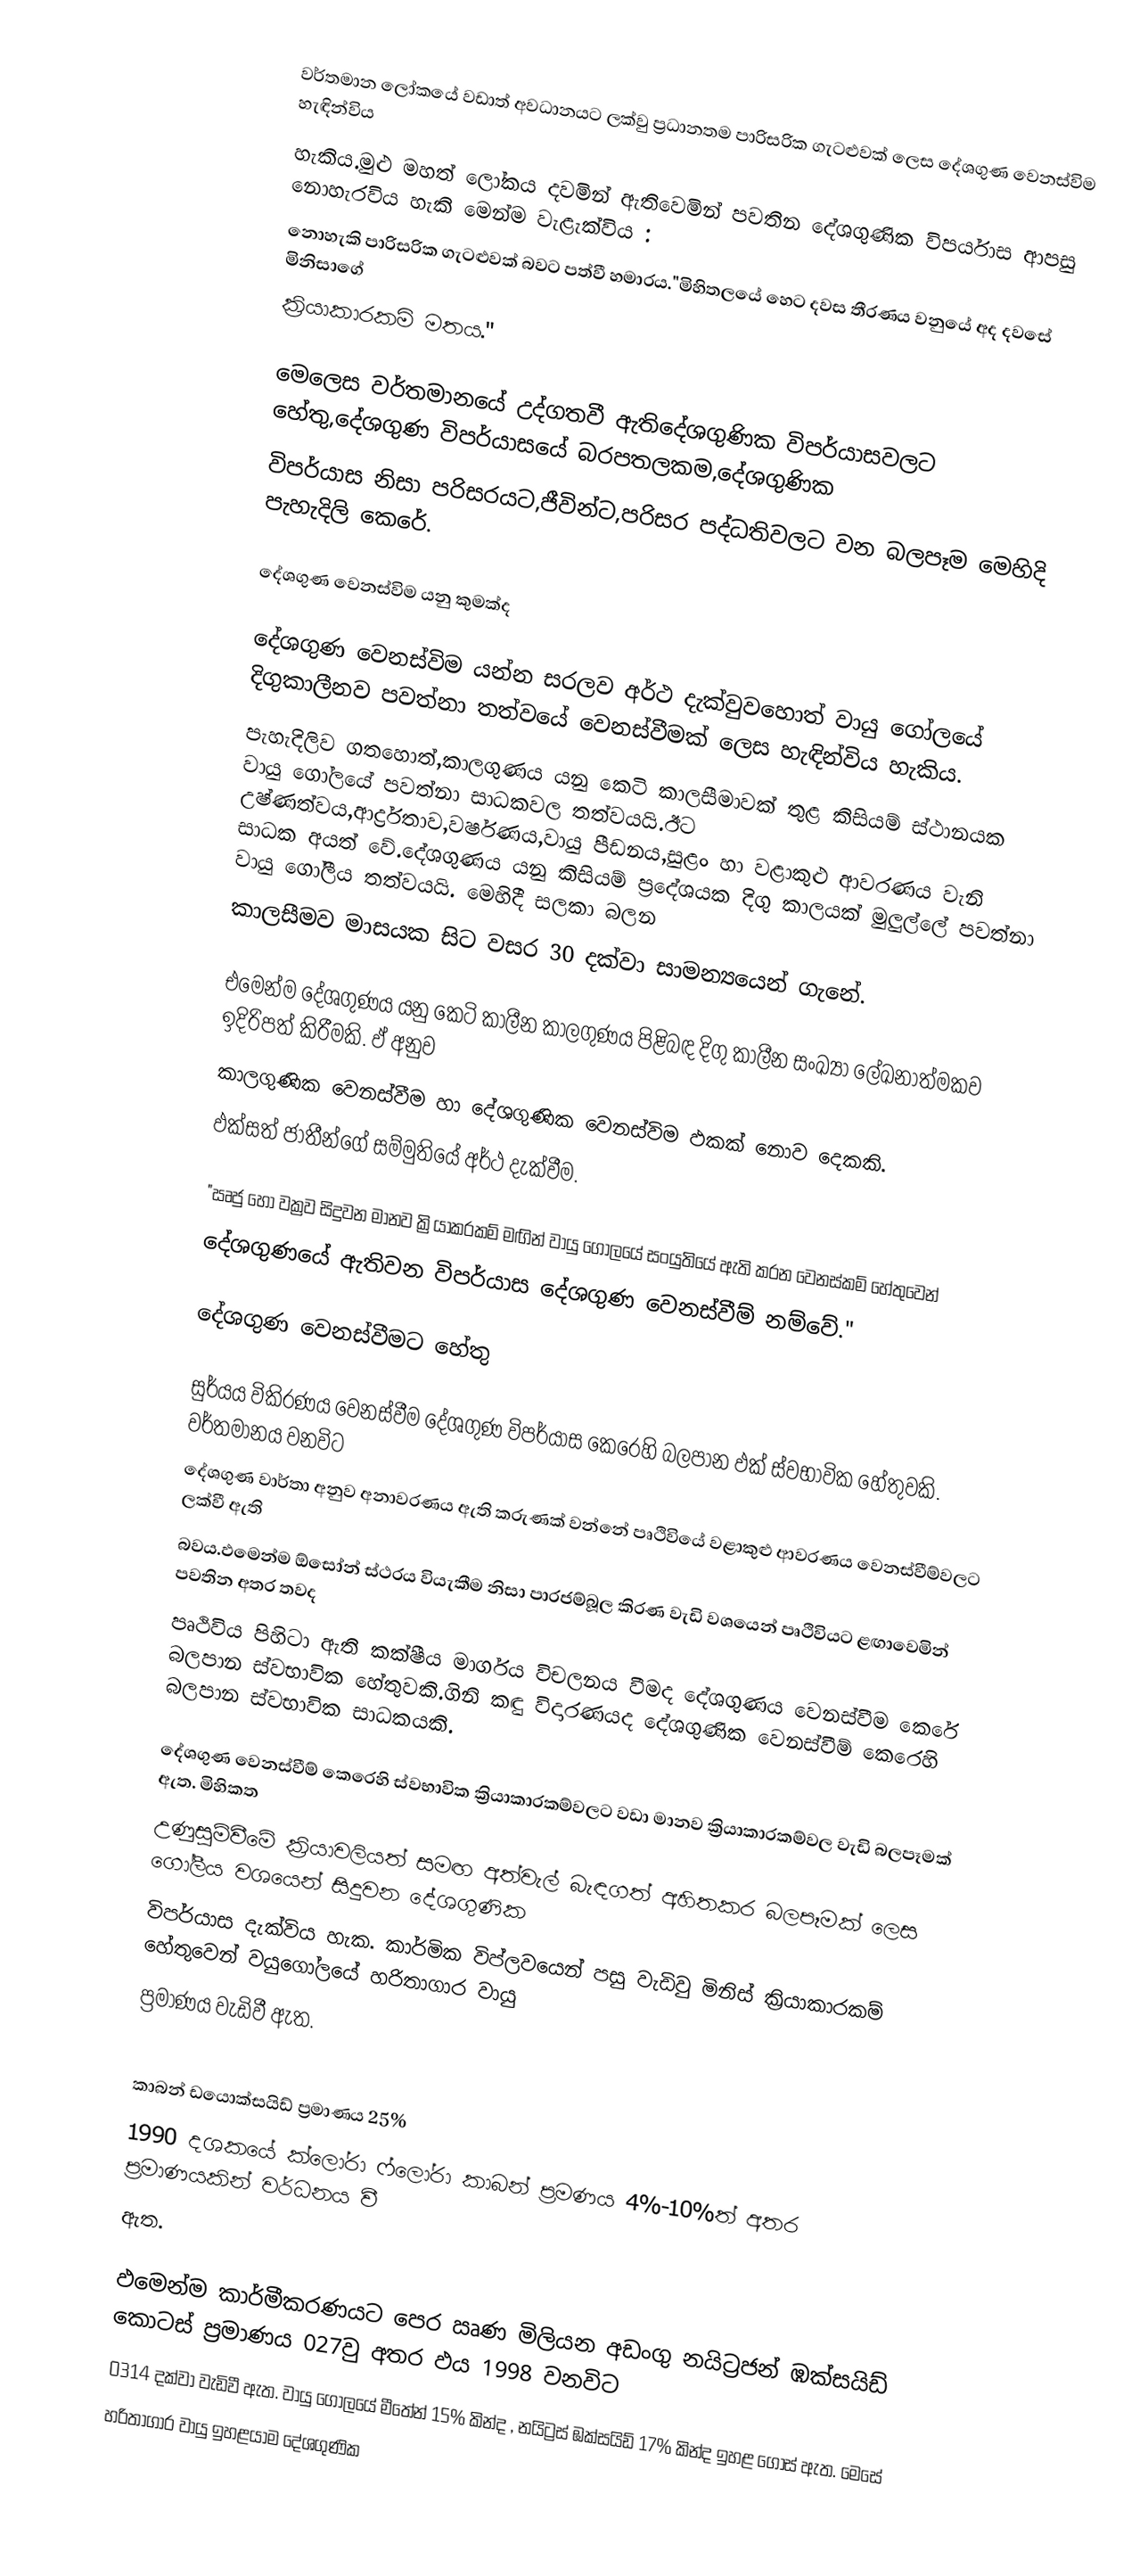
වර්තමාන ‍ලෝකයේ වඩාත් අවධානයට ලක්වු ප්‍රධානතම පාරිසරික ගැටළුවක් ලෙස දේශගුණ වෙනස්විම හැඳින්විය
හැකිය.මුළු මහත් ලෝකය දවමින් ඇතිවෙමින් පවතින දේශගුණික විපර්යාස ආපසු නොහැරවිය හැකි මෙන්ම වැළැක්විය :
නොහැකි පාරිසරික ගැටළුවක් බවට පත්වී හමාරය."මිහිතලයේ හෙට දවස තීරණය වනුයේ අද දවසේ මිනිසාගේ
ක්‍රියාකාරකමි මතය."

මෙලෙස වර්තමානයේ උද්ගතවී ඇතිදේශගුණික විපර්යාසවලට හේතු,දේශගුණ විපර්යාසයේ බරපතලකම,දේශගුණික
විපර්යාස නිසා පරිසරයට,ජීවින්ට,පරිසර පද්ධතිවලට වන බලපෑම මෙහිදි පැහැදිලි කෙරේ.

දේශගුණ වෙනස්විම යනු කුමක්ද

දේශගුණ වෙනස්විම යන්න සරලව අර්ථ දැක්වුවහොත් වායු ගෝලයේ දිගුකාලීනව පවත්නා තත්වයේ වෙනස්වීමක් ලෙස හැඳින්විය හැකිය.
පැහැදිලිව ගතහොත්,කාලගුණය යනු කෙටි කාලසීමාවක් තුළ කිසියම් ස්ථානයක වායු ගෝලයේ පවත්නා සාධකවල තත්වයයි.ඊට උෂ්ණත්වය,ආර්ද්‍රතාව,වර්ෂණය,වායු පීඩනය,සුළං හා වළාකුළු ආවරණය වැනි සාධක අයත් වේ.දේශගුණය යනු කිසියම් ප්‍රදේශයක දිගු කාලයක් මුලුල්ලේ පවත්නා වායු ගෝලීය තත්වයයි. මෙහිදී සලකා බලන
කාලසීමව මාසයක සිට වසර 30 දක්වා සාමන්‍යයෙන් ගැනේ.

එමෙන්ම දේශගුණය යනු කෙටි කාලීන කාලගුණය පිළිබඳ දිගු කාලීන සංඛ්‍යා ලේඛනාත්මකව ඉදිරිපත් කිරීමකි. ඵ් අනුව
කාලගුණික වෙනස්වීම හා දේශගුණික වෙනස්විම ඵකක් නොව දෙකකි.
ඵක්සත් ජාතීන්ගේ සම්මුතියේ අර්ථ දැක්වීම.

"ඍජු හෝ වක්‍රව සිදුවන මානව ක්‍රියාකරකම් මඟින් වායු ගෝලයේ සංයුතියේ ඇති කරන වෙනස්කම් හේතුවෙන්
දේශගුණයේ ඇතිවන විපර්යාස දේශගුණ වෙනස්වීම් නම්වේ."

දේශගුණ වෙනස්වීමට හේතු

සුර්යය විකිරණය වෙනස්වීම දේශගුණ විපර්යාස කෙරෙහි බලපාන ඵක් ස්වභාවික හේතුවකි. වර්තමානය වනවිට
දේශගුණ වාර්තා අනුව අනාවරණය  ඇති කරුණක් වන්නේ පෘථිවියේ වළාකුළු ආවරණය වෙනස්වීම්වලට ලක්වී ඇති
බවය.ඵමෙන්ම ඕසෝන් ස්ථරය වියැකීම නිසා පාරජම්බූල කිරණ වැඩි වශයෙන් පෘථිවියට ළඟාවෙමින් පවතින අතර තවද
පෘථිවිය පිහිටා ඇති කක්ෂීය මාර්ගය විචලනය වීමද දේශගුණය වෙනස්වීම කෙරේ බලපාන ස්වභාවික හේතුවකි.ගිනි කඳු විදාරණයද දේශගුණික වෙනස්වීම් කෙරෙහි බලපාන ස්වභාවික සාධකයකි.

දේශගුණ වෙනස්වීම් කෙරෙහි ස්වභාවික ක්‍රියාකාරකම්වලට වඩා මානව ක්‍රියාකාරකම්වල වැඩි බලපෑමක් ඇත. මිහිකත
උණුසුම්වීමේ ක්‍රියාවලියත් සමඟ අත්වැල් බැඳගත් අහිතකර බලපෑමක් ලෙස ගෝලීය වශයෙන් සිදුවන දේශගුණික
විපර්යාස දැක්විය හැක. කාර්මික විප්ලවයෙන් පසු වැඩිවු මිනිස් ක්‍රියාකාරකම් හේතුවෙන් වයුගෝලයේ හරිතාගාර වායු
ප්‍රමාණය වැඩිවී ඇත.

කාබන් ඩයොක්සයිඩ් ප්‍රමාණය	25%
1990 දශකයේ ක්ලෝරා ෆ්ලෝරා කාබන් ප්‍රමණය 4%-10%ත් අතර ප්‍රමාණයකින් වර්ධනය වී
ඇත.

ඵමෙන්ම කාර්මීකරණයට පෙර ඍණ මිලියන අඩංගු නයිට්‍රජන් ඹක්සයිඩ් කොටස් ප්‍රමාණය 027වු අතර ඵය 1998 වනවිට
0314 දක්වා වැඩිවී ඇත. වායු ගෝලයේ මීතේන් 15% කින්ද , නයිට්‍රස් ඹක්සයිඩ් 17% කින්ද ඉහළ ගොස් ඇත. මෙසේ
හරිතාගාර වායු ඉහළයාම දේශගුණික